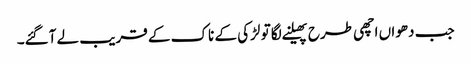
جب دھواں اچھی طرح پھیلنے لگا تو لڑکی کے ناک کے قریب لے آگئے۔